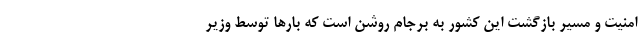
امنیت و مسیر بازگشت این کشور به برجام روشن است که بارها توسط وزیر